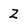
Character: Z